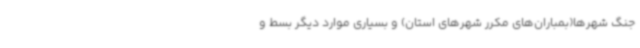
جنگ شهرها(بمباران‌های مکرر شهرهای استان) و بسیاری موارد دیگر بسط و